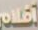
افلام